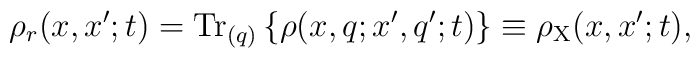
\rho_r(x,x';t) = {\rm Tr}_{(q)} \left\{ \rho(x,q;x',q';t)\right\} \equiv \rho_{\rm X}(x,x';t) ,